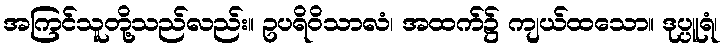
အကြင်သူတို့သည်လည်း။ ဥပရိဝိသာလံ၊ အထက်၌ ကျယ်ထသော။ ဒုပ္ပူရံ၊